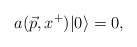
\begin{align*}a(\vec{p},x^+) \vert 0\rangle =0,\end{align*}